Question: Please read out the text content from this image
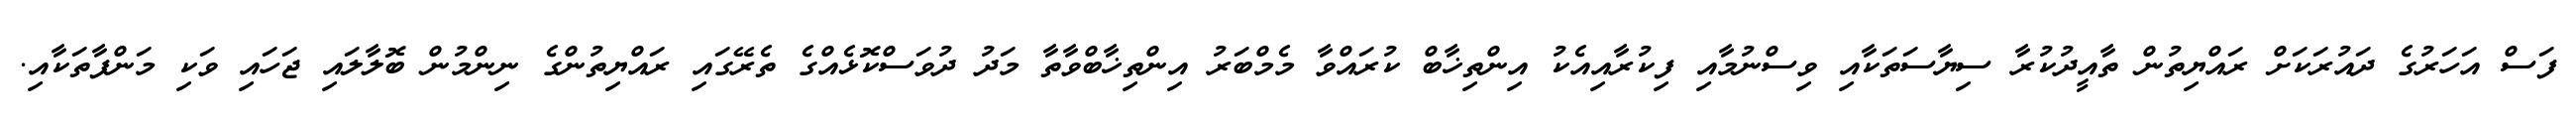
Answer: ފަސް އަހަރުގެ ދައުރަކަށް ރައްޔިތުން ތާއީދުކުރާ ސިޔާސަތަކާއި ވިސްނުމާއި ފިކުރާއިއެކު އިންތިޚާބް ކުރައްވާ މެމްބަރު އިންތިޚާބްވާތާ މަދު ދުވަސްކޮޅެއްގެ ތެރޭގައި ރައްޔިތުންގެ ނިންމުން ބޮލާލައި ޖަހައި ވަކި މަންފާތަކާއި.